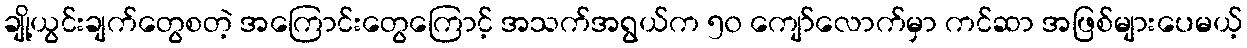
ချို့ယွင်းချက်တွေစတဲ့ အကြောင်းတွေကြောင့် အသက်အရွယ်က ၅၀ ကျော်လောက်မှာ ကင်ဆာ အဖြစ်များပေမယ့်